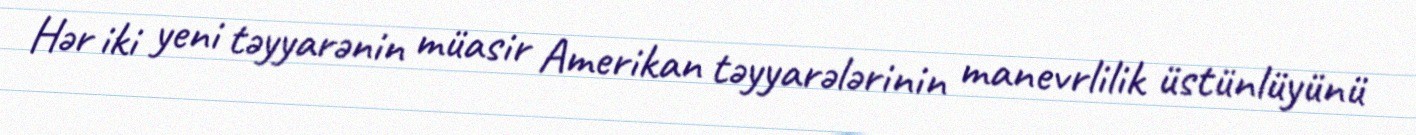
Hər iki yeni təyyarənin müasir Amerikan təyyarələrinin manevrlilik üstünlüyünü